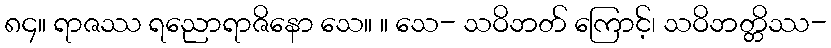
၈၄။ ရာဇဿ ရညောရာဇိနော သေ။ ။ သေ- သဝိဘတ် ကြောင့်၊ သဝိဘတ္တိဿ-